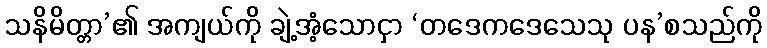
သနိမိတ္တာ’၏ အကျယ်ကို ချဲ့အံ့သောငှာ ‘တဒေကဒေသေသု ပန’စသည်ကို